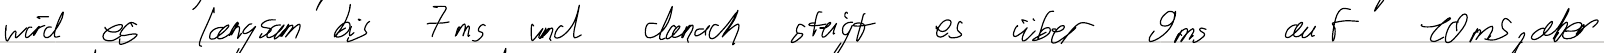
wird es langsam bis 7ms und danach steigt es über 9ms auf 10ms, aber